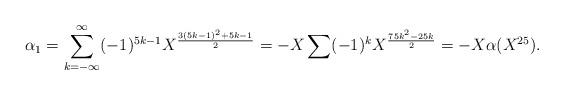
LaTeX: \begin{align*}\alpha_1=\sum_{k=-\infty}^\infty (-1)^{5k-1}X^{\frac{3(5k-1)^2+5k-1}{2}}=-X\sum(-1)^kX^{\frac{75k^2-25k}{2}}=-X\alpha(X^{25}).\end{align*}